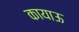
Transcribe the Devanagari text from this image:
कायाऊ